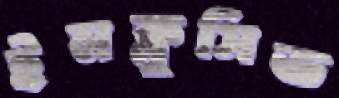
ইনক্লুসিভ